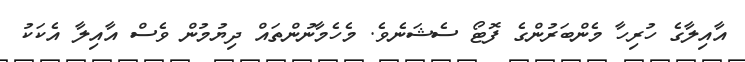
އާއިލާގެ ހުރިހާ މެންބަރުންގެ ފޮޓޯ ސެޝަނެވެ. މެހެމާނުންތައް ދިޔުމުން ވެސް އާއިލާ އެކަކު